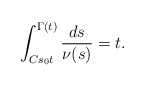
\begin{align*}\int_{C s_0 t}^{\Gamma(t)} \frac{ds}{\nu(s)} = t.\end{align*}